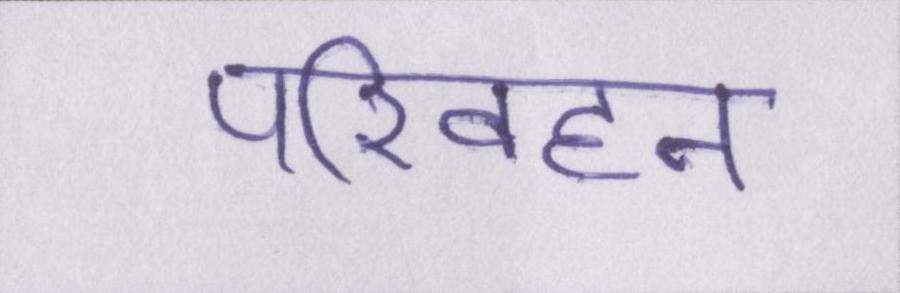
परिवहन